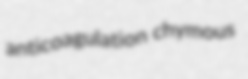
anticoagulation chymous